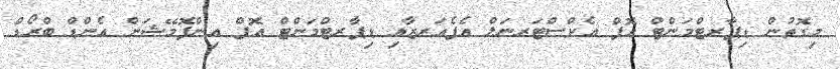
މިގޮތުން ޑިޕާރޓްމަންޓް އޮފް އެކްސްޓަރނަލް އެފެއަރޒާއި ޑިޕާރޓްމަންޓް އޮފް އިންފޮމޭޝަން އެންޑް ބްރޯޑް